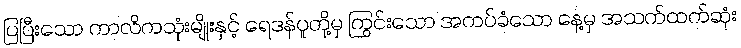
ပြပြီးသော ကာလိကသုံးမျိုးနှင့် ရေဒန်ပူတို့မှ ကြွင်းသော အကပ်ခံသော နေ့မှ အသက်ထက်ဆုံး